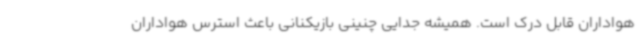
هواداران قابل درک است. همیشه جدایی چنینی بازیکنانی باعث استرس هواداران